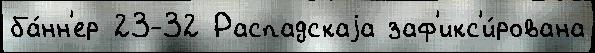
ба́нн'ер 23-32 Распадскаjа заф'икс'и́рована